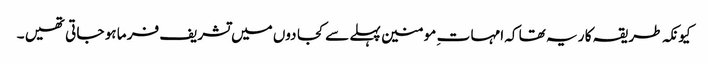
کیونکہ طر یقہ کا ر یہ تھا کہ امہا ت ِ مو منین پہلے سے کجا دوں میں تشریف فر ما ہو جا تی تھیں ۔